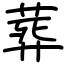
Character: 葬